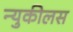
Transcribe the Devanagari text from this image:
न्युकीलस